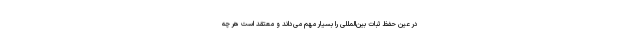
در عین حفظ ثبات بین‌المللی را بسیار مهم می‌داند و معتقد است هر چه